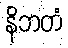
နိဘတံ